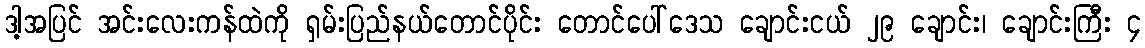
ဒါ့အပြင် အင်းလေးကန်ထဲကို ရှမ်းပြည်နယ်တောင်ပိုင်း တောင်ပေါ်ဒေသ ချောင်းငယ် ၂၉ ချောင်း၊ ချောင်းကြီး ၄